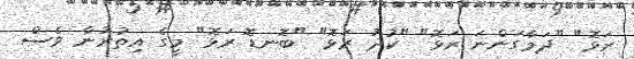
ރަޅޮ" "ދަމާގަންނަ ރަޅޮ" "ކުދު ރަޅޮ" "ބޮނޑޮ ރަޅޮ" މީގެ އިތުރުން ވެސް